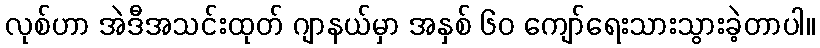
လုစ်ဟာ အဲဒီအသင်းထုတ် ဂျာနယ်မှာ အနှစ် ၆၀ ကျော်ရေးသားသွားခဲ့တာပါ။